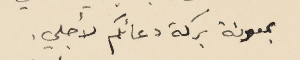
بمعونة بركة دعائكم لأجلي.